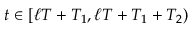
t \in [ \ell T + T _ { 1 } , \ell T + T _ { 1 } + T _ { 2 } )